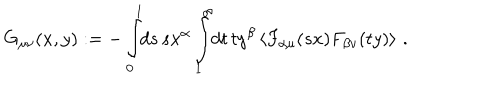
LaTeX: G _ { \mu \nu } ( x , y ) : = - \int _ { 0 } ^ { 1 } \! \! d s \, s x ^ { \alpha } \int _ { 1 } ^ { \infty } \! \! d t \, t y ^ { \beta } \left\langle F _ { \alpha \mu } ( s x ) F _ { \beta \nu } ( t y ) \right\rangle \, .